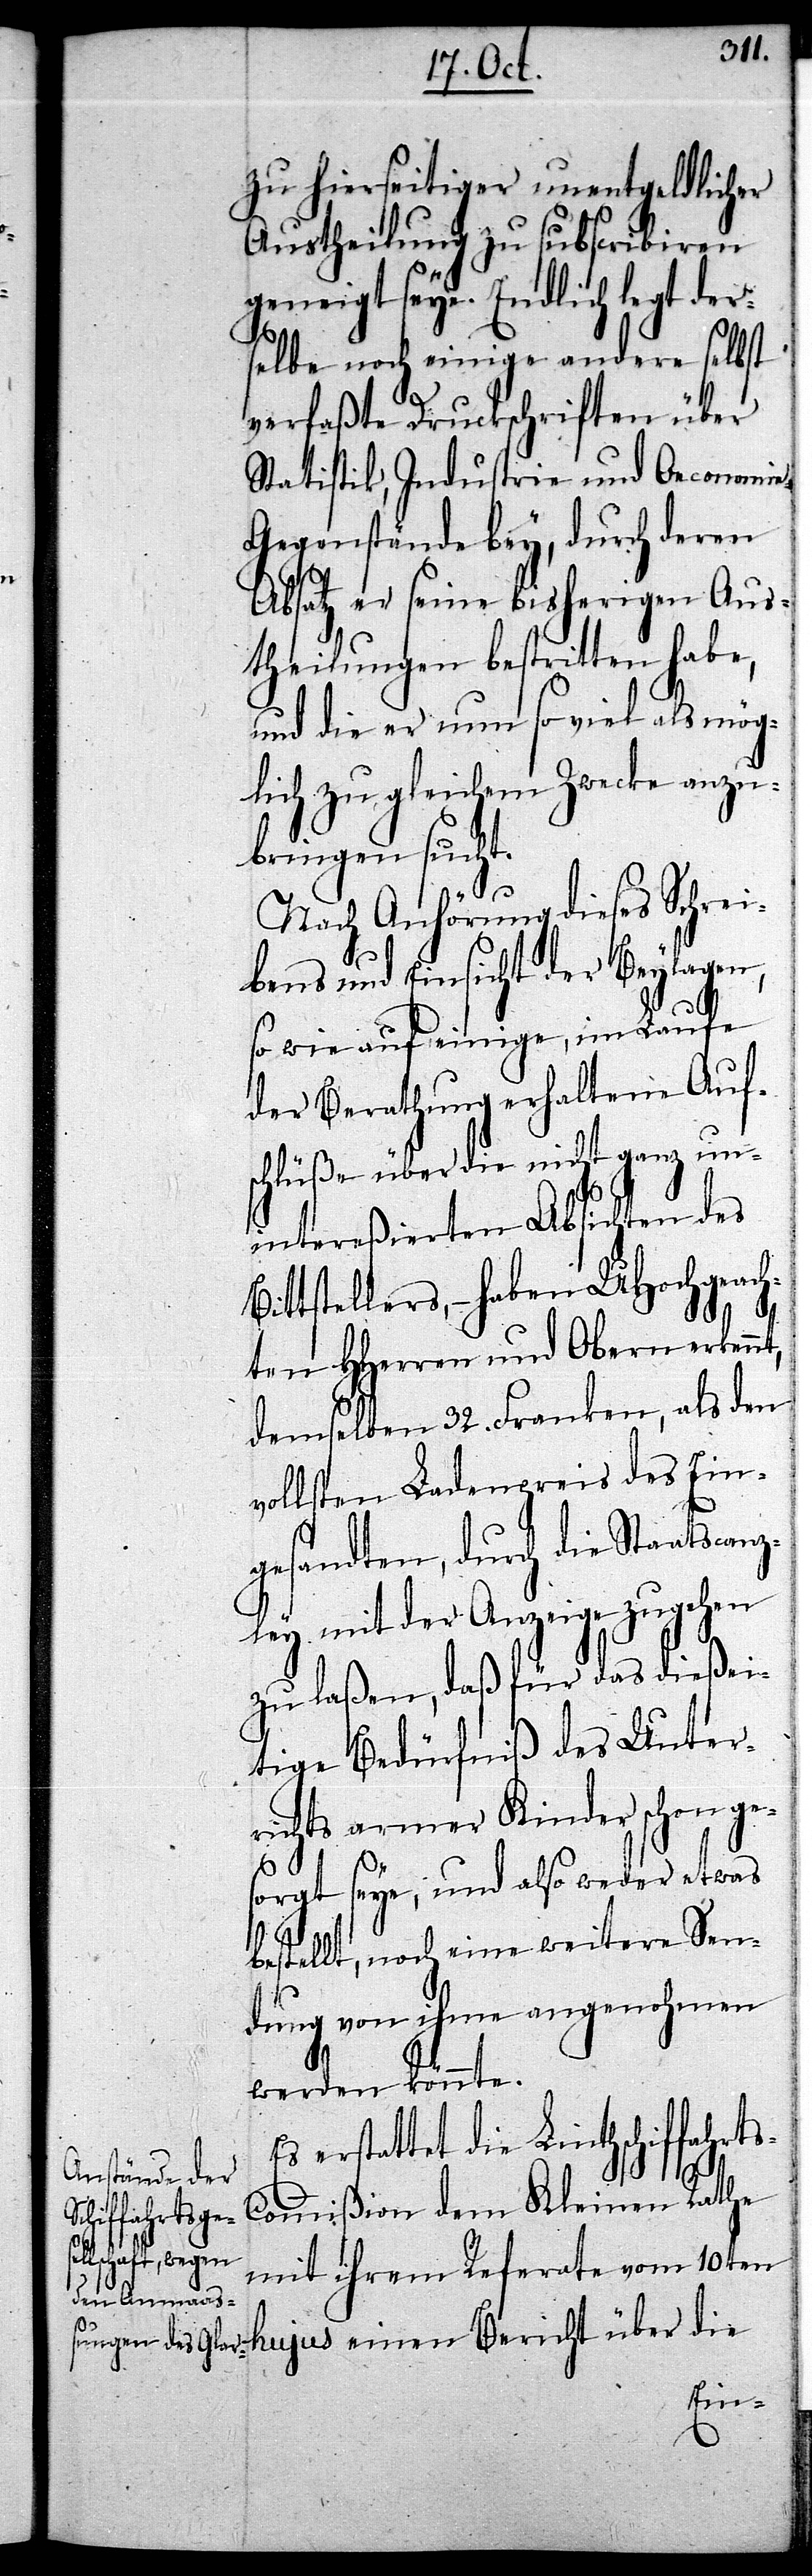
zu hierseitiger unentgeldlicher
Austheilung zu subscribiren
geneigt seye. Endlich legt der¬
selbe noch einige andere selbst
verfaßte Druckschriften über
Statistik, Industrie und Oeconomi¬
e-Gegenstände bey, durch deren
Absatz er seine bisherigen Aus¬
theilungen bestritten habe,
und die er nun so viel als mög¬
lich zu gleichem Zwecke anzu¬
bringen sucht.
Nach Anhörung dieses Schrei¬
bens und Einsicht der Beylagen,
so wie auf einige, im Laufe
der Berathung erhaltene Auf¬
schlüße über die nicht ganz un¬
intereßierten Absichten des
Bittstellers, – haben UHochgeach¬
s-C¬
ten HHerren und Obern erkennt,
demselben 32. Franken, als den
vollsten Ladenpreis des Ein¬
gesandten, durch die Staatscanz¬
ley mit der Anzeige zugehen
zu laßen, daß für das dießei¬
tige Bedürfniß des Unter¬
richts armer Kinder schon ges¬
orgt seye, und also weder etwas
bestellt, noch eine weitere Sen¬
dung von ihme angenohmen
werden könnte.
Es erstattet die Linthschiffahrt¬
ommißion dem Kleinen Rathe
mit ihrem Referate vom 10ten
hujus einen Bericht über die